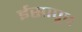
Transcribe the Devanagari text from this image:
ईसापूव